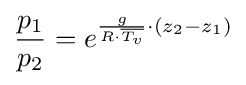
{\frac {p_{1}}{p_{2}}}=e^{{\frac {g}{R\cdot {\overline {T_{v}}}}}\cdot (z_{2}-z_{1})}